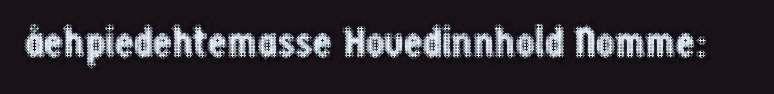
åehpiedehtemasse Hovedinnhold Nomme: